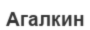
Агалкин